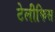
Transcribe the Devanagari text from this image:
टेलीफिस